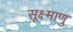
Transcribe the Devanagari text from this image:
सूक्ष्माणु